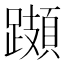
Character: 𨆆